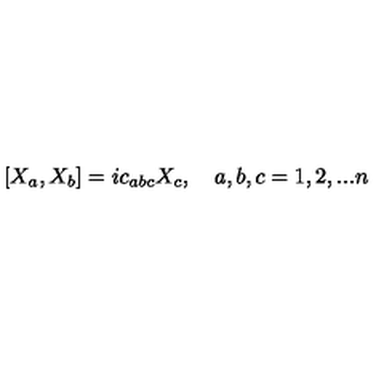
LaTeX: [ X _ { a } , X _ { b } ] = i c _ { a b c } X _ { c } , \quad a , b , c = 1 , 2 , . . . n